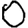
Digit: 0